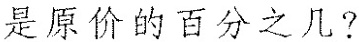
3.是原价的百分之几?